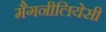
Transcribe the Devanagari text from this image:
मैगनीलियेसी